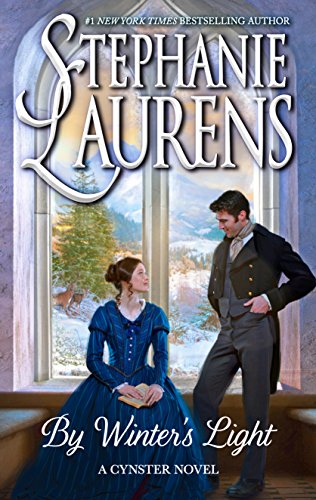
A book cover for By Winter's Light (Cynster Novels); Stephanie Laurens; Romance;